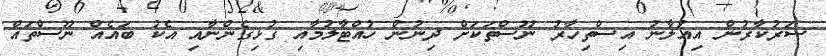
ސަރުކާރުން އިއުލާނު އިސްތިހާރު ނޫސްތަކަށް ދިނުން ހުއްޓާލުމާއި ގުޅިގެންނާއި އެކު ބައެއް ނޫސްތައް